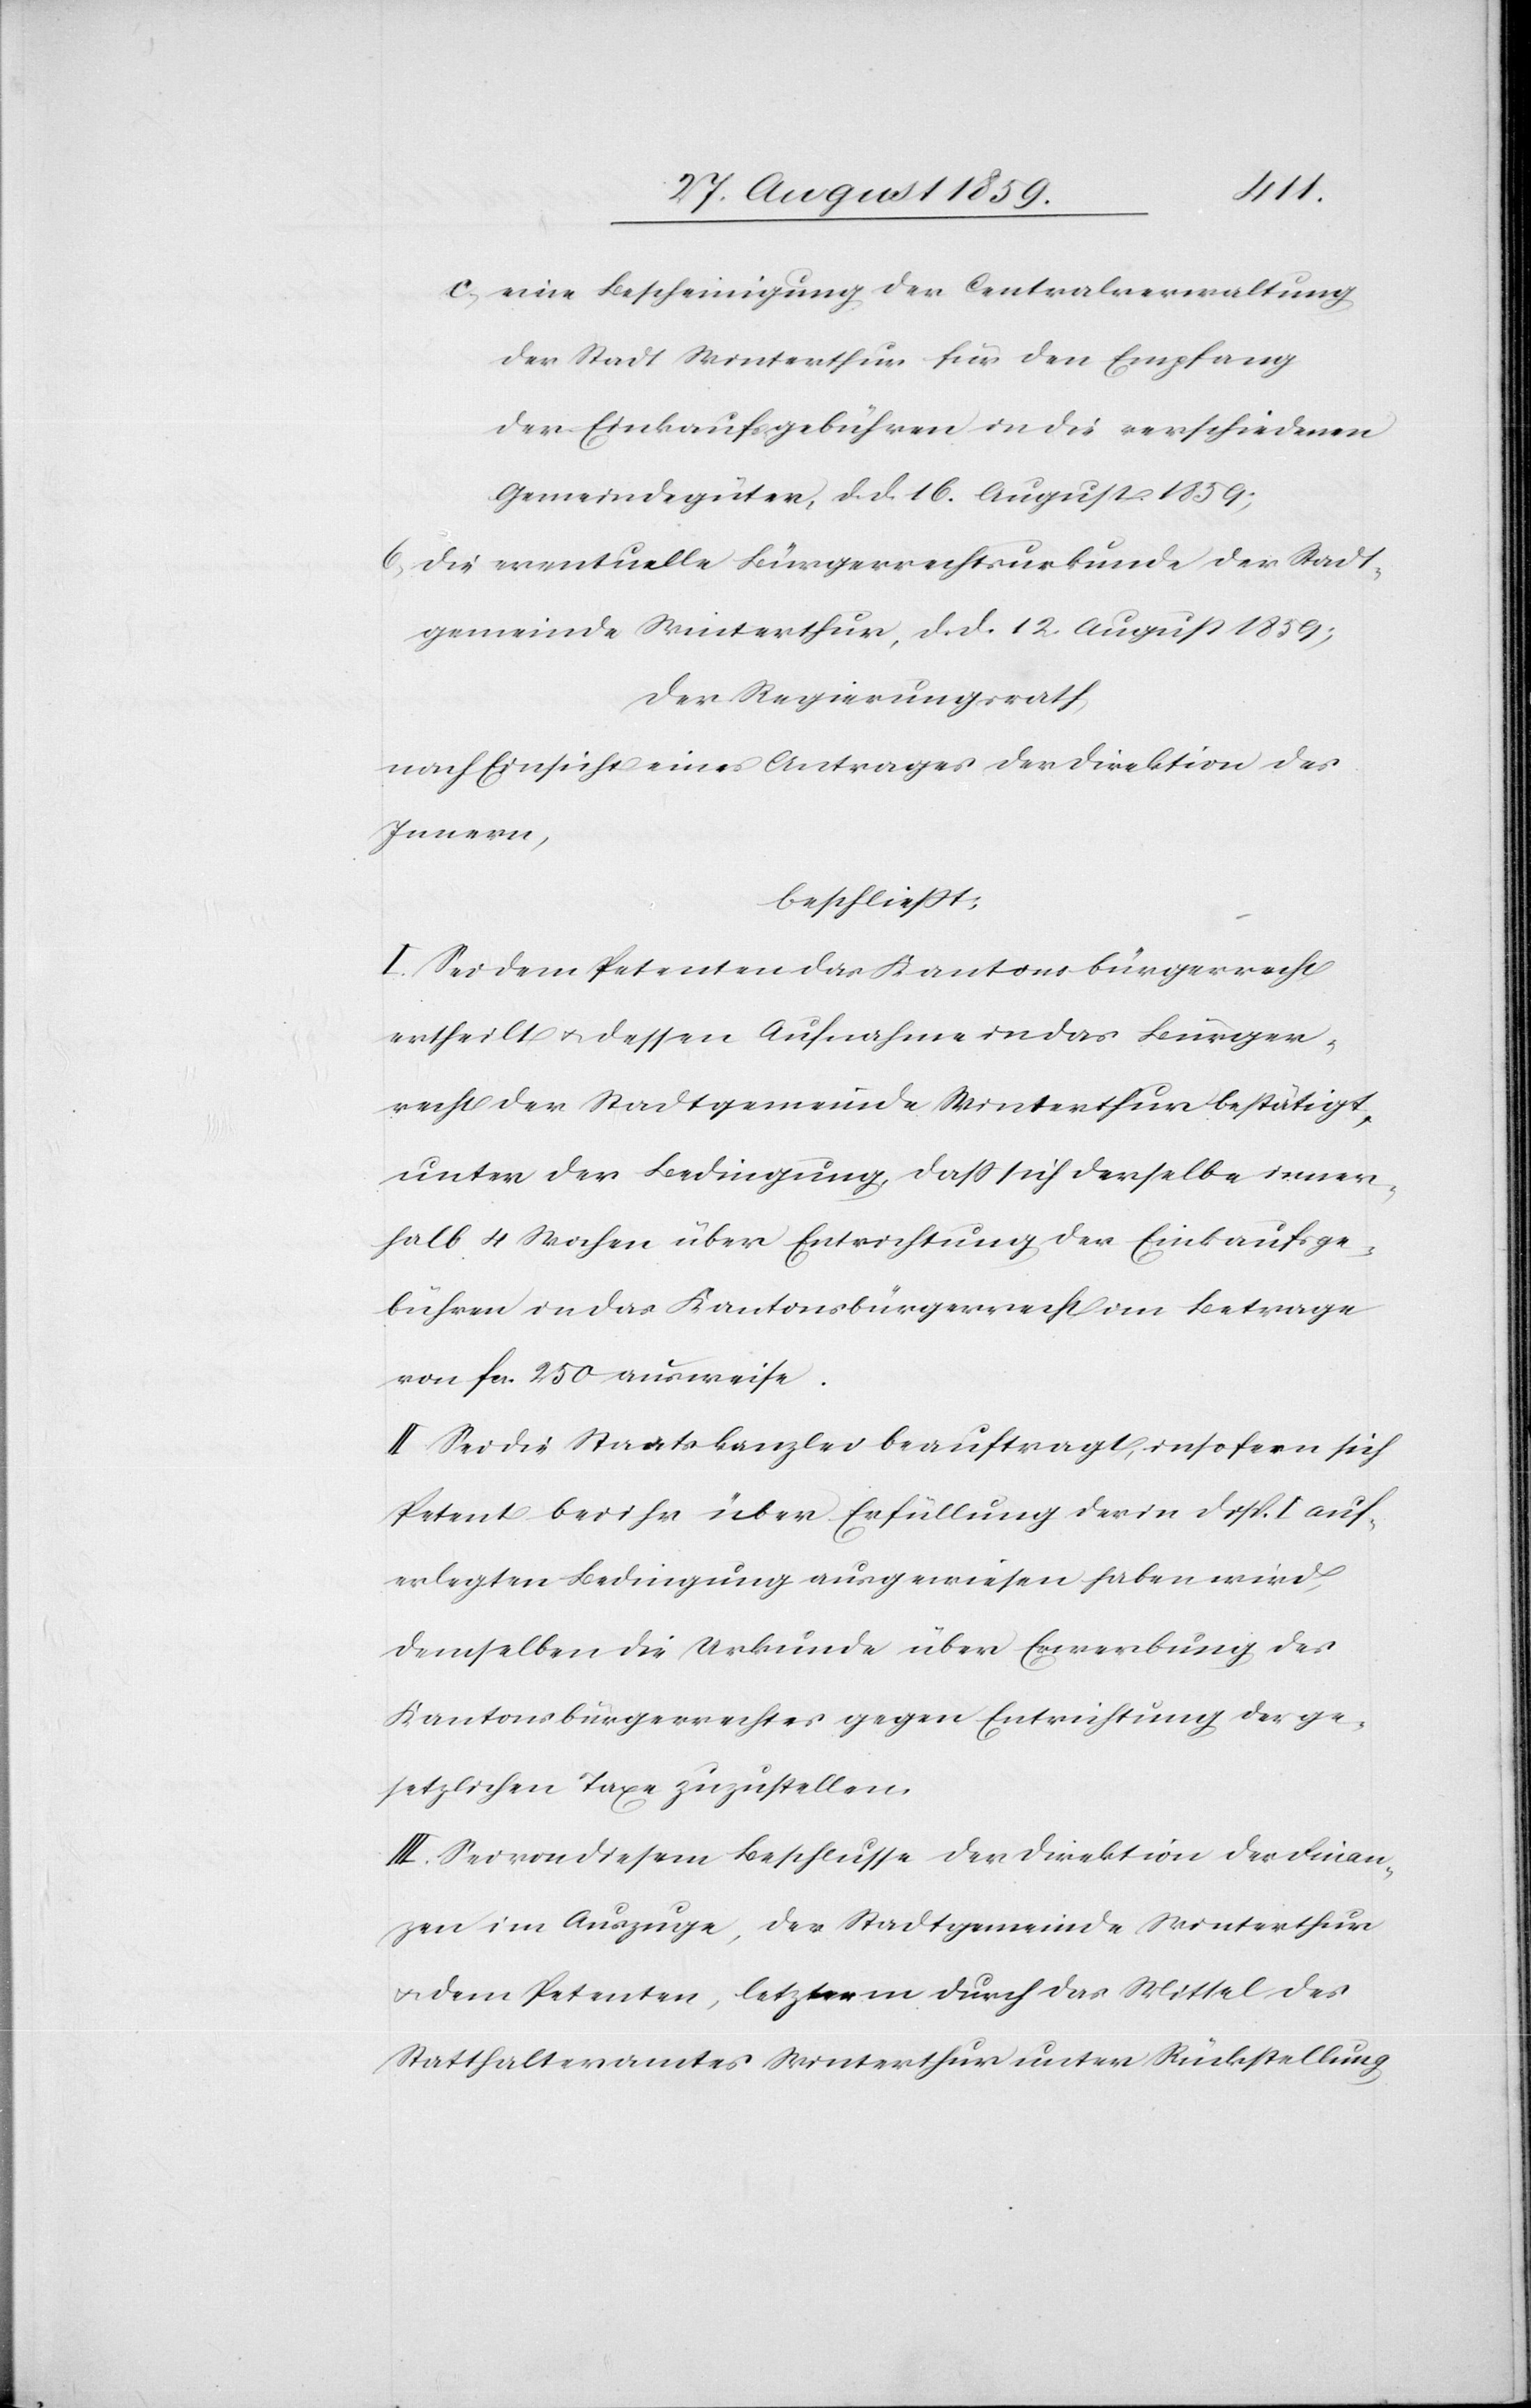
c) eine Bescheinigung der Centralverwaltung
der Stadt Winterthur für den Empfang
der Einkaufsgebühren in die verschiedenen
Gemeindegüter, d. d. 16. August 1859;
6. Die eventuelle Bürgerrechtsurkunde der Stadt¬
gemeinde Winterthur, d. d. 12. August 1859;
der Regierungsrath,
nach Einsicht eines Antrages der Direktion des
Innern,
beschließt:
I. Sei dem Petenten das Kantonsbürgerrecht
ertheilt & dessen Aufnahme in das Bürger¬
recht der Stadtgemeinde Winterthur bestätigt,
unter der Bedingung daß sich derselbe inner¬
halb 4 Wochen über Entrichtung der Einkaufsge¬
bühren in das Kantonsbürgerrecht im Betrage
von fcs. 250 ausweise.
II. Sei die Staatskanzlei beauftragt, insofern sich
Petent bei ihr über Erfüllung der in Disp. I auf¬
erlegten Bedingung ausgewiesen haben wird,
demselben die Urkunde über Erwerbung des
Kantonsbürgerrechtes gegen Entrichtung der ge¬
setzlichen Taxe zuzustellen.
III. Sei von diesem Beschlusse der Direktion der Finan¬
zen im Auszuge, der Stadtgemeinde Winterthur
& dem Petenten, letzterm durch das Mittel des
Statthalteramtes Winterthur unter Rückstellung